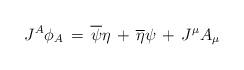
LaTeX: \begin{align*}J^A \phi_A \,=\, \overline\psi \eta \,+ \,\overline \eta \psi\,+\, J^\mu A_\mu\end{align*}